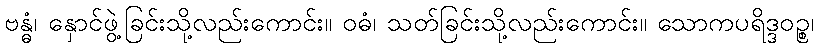
ဗန္ဓံ၊ နှောင်ဖွဲ့ခြင်းသို့လည်းကောင်း။ ဝဓံ၊ သတ်ခြင်းသို့လည်းကောင်း။ သောကပရိဒ္ဒဝဉ္စ၊